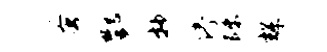
蚤酆抄停陟辉